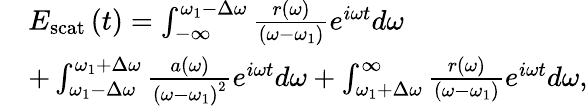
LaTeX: \begin{array}{rl}&{E_{\mathrm{scat}}\left(t\right)=\intop_{-\infty}^{\omega_{1}-\Delta\omega}\frac{r(\omega)}{\left(\omega-\omega_{1}\right)}e^{i\omega t}d\omega}\\ &{+\intop_{\omega_{1}-\Delta\omega}^{\omega_{1}+\Delta\omega}\frac{a(\omega)}{\left(\omega-\omega_{1}\right)^{2}}e^{i\omega t}d\omega+\intop_{\omega_{1}+\Delta\omega}^{\infty}\frac{r(\omega)}{\left(\omega-\omega_{1}\right)}e^{i\omega t}d\omega,}\end{array}